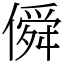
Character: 僢